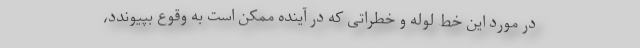
در مورد این خط لوله و خطراتی که در آینده ممکن است به وقوع بپیوندد،